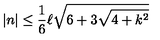
\left| n \right| \leq \frac { 1 } { 6 } \ell \sqrt { 6 + 3 \sqrt { 4 + k ^ { 2 } } }